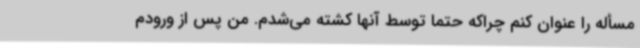
مسأله را عنوان کنم چراکه حتماً توسط آنها کشته می‌شدم. من پس از ورودم